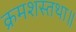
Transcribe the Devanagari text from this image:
क्रमशस्तथा॥